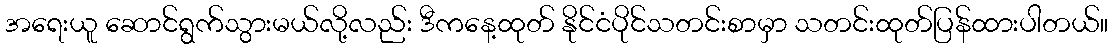
အရေးယူ ဆောင်ရွက်သွားမယ်လို့လည်း ဒီကနေ့ထုတ် နိုင်ငံပိုင်သတင်းစာမှာ သတင်းထုတ်ပြန်ထားပါတယ်။